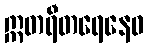
ဣတရီတရေနေဝ